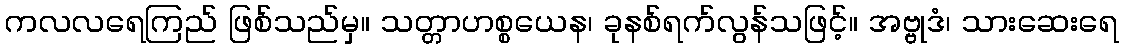
ကလလရေကြည် ဖြစ်သည်မှ။ သတ္တာဟစ္စယေန၊ ခုနစ်ရက်လွန်သဖြင့်။ အဗ္ဗုဒံ၊ သားဆေးရေ